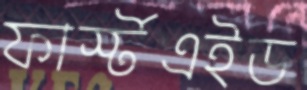
ফার্স্টএইড